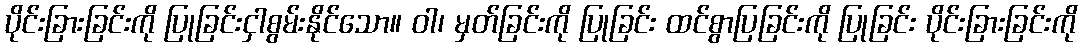
ပိုင်းခြားခြင်းကို ပြုခြင်းငှါစွမ်းနိုင်သော။ ဝါ၊ မှတ်ခြင်းကို ပြုခြင်း ထင်စွာပြခြင်းကို ပြုခြင်း ပိုင်းခြားခြင်းကို